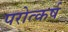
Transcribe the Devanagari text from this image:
परोत्कर्ष